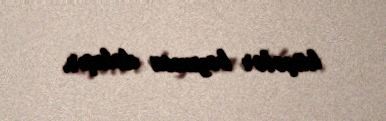
küçələr boyunca dolaşır.